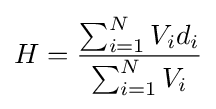
H={\frac {\sum _{i=1}^{N}V_{i}d_{i}}{\sum _{i=1}^{N}V_{i}}}